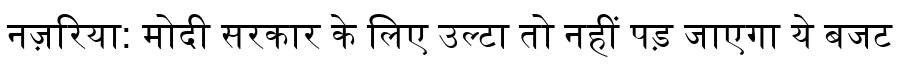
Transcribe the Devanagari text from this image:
नज़रिया: मोदी सरकार के लिए उल्टा तो नहीं पड़ जाएगा ये बजट